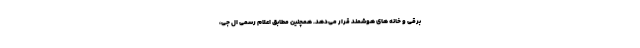
برقی و خانه های هوشمند قرار می‌دهد. همچنین مطابق اعلام رسمی ال جی،